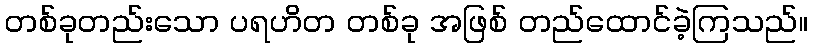
တစ်ခုတည်းသော ပရဟိတ တစ်ခု အဖြစ် တည်ထောင်ခဲ့ကြသည်။